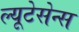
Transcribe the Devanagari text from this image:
ल्यूटेसेन्स